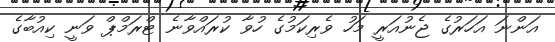
އަންނަ އަހަރުގެ ޖެނުއަރީ މަހު ވެރިކަމުގެ ހުވާ ކުރައްވާނެ ޓްރަމްޕް ވަނީ ކިއުބާގެ